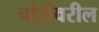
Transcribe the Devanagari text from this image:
चांदीवरील